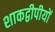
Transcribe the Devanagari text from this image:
शाकद्वीपीयों